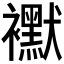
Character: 𧞾